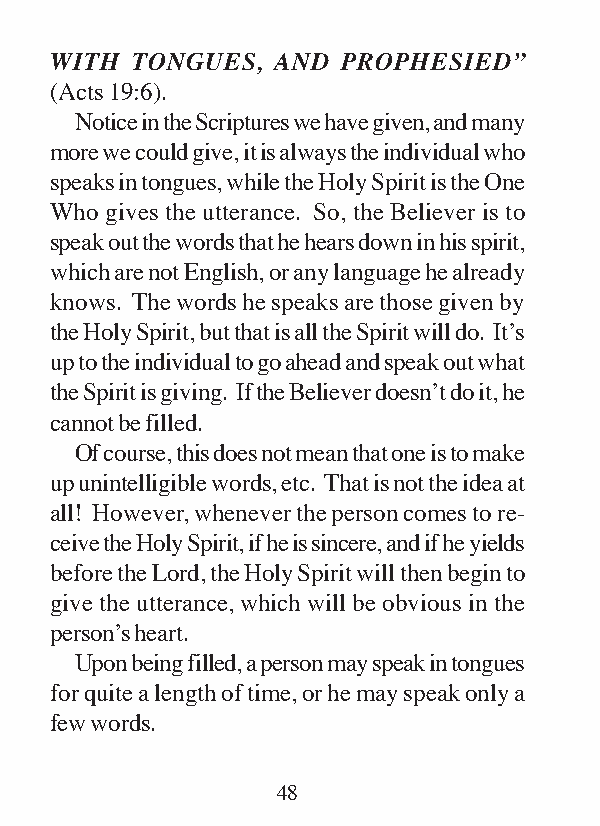
WITH  TONGUES, AND  PROPHESIED”
 (Acts 19:6).
 Notice in the Scriptures we have given, and many
 more we could give, it is always the individual who
 speaks in tongues, while the Holy Spirit is the One
 Who gives the utterance. So, the Believer is to
 speak out the words that he hears down in his spirit,
 which are not English, or any language he already
 knows. The words he speaks are those given by
 the Holy Spirit, but that is all the Spirit will do. It’s
 up to the individual to go ahead and speak out what
 the Spirit is giving. If the Believer doesn’t do it, he
 cannot be filled.
 Of course, this does not mean that one is to make
 up unintelligible words, etc. That is not the idea at
 all! However, whenever the person comes to re-
 ceive the Holy Spirit, if he is sincere, and if he yields
 before the Lord, the Holy Spirit will then begin to
 give the utterance, which will be obvious in the
 person’s heart.
 Upon being filled, a person may speak in tongues
 for quite a length of time, or he may speak only a
 few words.
 48